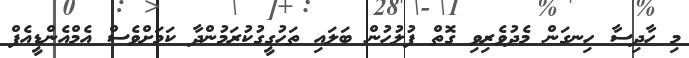
މި ހާދިސާ ހިނގަން މެދުވެރިވި ގޮތް ފުލުހުން ބަލައި ތަހުގީގުކުރަމުންދާ ކަމަށްވެސް އެމްއެންޑީއެފް